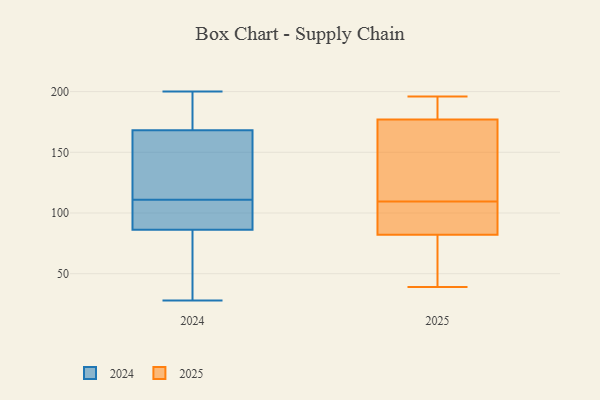
{"axis": {"x": "Shipments", "y": "Value"}, "legend": ["2024", "2025"], "data": [{"x": "", "y": 112, "type": "2025"}, {"x": "", "y": 188, "type": "2025"}, {"x": "", "y": 82, "type": "2025"}, {"x": "", "y": 177, "type": "2025"}, {"x": "", "y": 82, "type": "2025"}, {"x": "", "y": 93, "type": "2025"}, {"x": "", "y": 139, "type": "2025"}, {"x": "", "y": 107, "type": "2025"}, {"x": "", "y": 193, "type": "2025"}, {"x": "", "y": 40, "type": "2025"}, {"x": "", "y": 52, "type": "2025"}, {"x": "", "y": 39, "type": "2025"}, {"x": "", "y": 196, "type": "2025"}, {"x": "", "y": 143, "type": "2025"}, {"x": "", "y": 124, "type": "2024"}, {"x": "", "y": 108, "type": "2024"}, {"x": "", "y": 169, "type": "2024"}, {"x": "", "y": 104, "type": "2024"}, {"x": "", "y": 91, "type": "2024"}, {"x": "", "y": 149, "type": "2024"}, {"x": "", "y": 168, "type": "2024"}, {"x": "", "y": 111, "type": "2024"}, {"x": "", "y": 191, "type": "2024"}, {"x": "", "y": 200, "type": "2024"}, {"x": "", "y": 54, "type": "2024"}, {"x": "", "y": 28, "type": "2024"}, {"x": "", "y": 72, "type": "2024"}]}